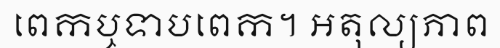
ពេកឬទាបពេក។ អតុល្យភាព